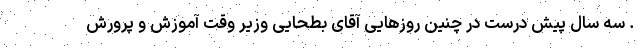
. سه سال پیش درست در چنین روزهایی آقای بطحایی وزیر وقت آموزش و پرورش